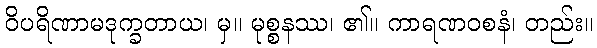
ဝိပရိဏာမဒုက္ခတာယ၊ မှ။ မုစ္စနဿ၊ ၏။ ကာရဏဝစနံ၊ တည်း။